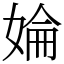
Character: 婨